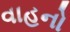
વાહનો